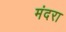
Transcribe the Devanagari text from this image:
मंदरा